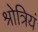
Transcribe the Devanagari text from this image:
श्रोत्रियं